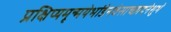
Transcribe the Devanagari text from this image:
प्रक्षिप्यमृन्मयेभांडेनवेसाच्छादनेशुभे